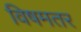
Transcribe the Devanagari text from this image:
विषमतर